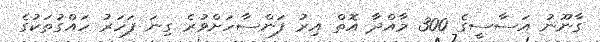
ގާނޫނު އަސާސީގެ 300 މާއްދާ އޮތް އިރު ފަންސާހަށްވުރެ ގިނަ ފަހަރު ހައްގުތަކުގެ